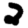
Digit: 2